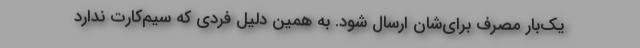
یک‌بار مصرف برای‌شان ارسال شود. به همین دلیل فردی که سیم‌کارت ندارد